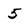
Character: 5